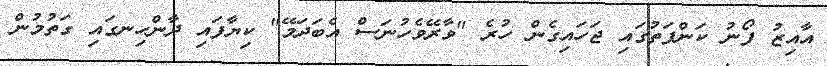
އާއިޒު ފޯނު ކަންފަތުގައި ޖަހައިގެން ހުރެ "ވާރޭވެހުނަސް އެބަދަމޭ" ކިޔާފައި ދާންހިނގައި ގަތުމުން